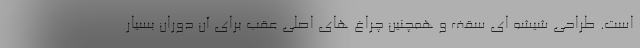
است. طراحی شیشه ای سقف و همچنین چراغ های اصلی عقب برای آن دوران بسیار